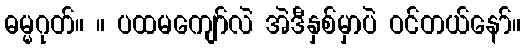
ဓမ္မဂုတ်။ ။ ပထမကျော်လဲ အဲဒီနှစ်မှာပဲ ဝင်တယ်နော်။